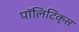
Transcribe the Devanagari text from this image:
पाॅलिटिक्स